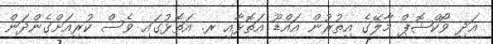
އަދި ވޯކްޝޮޕް މާލޭގެ އިތުރުން އައްޑޫ އަތޮޅާއި ރ. އަތޮޅުގައި ވެސް ކުރިއަށްގެންދަން